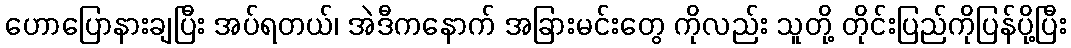
ဟောပြောနားချပြီး အပ်ရတယ်၊ အဲဒီကနောက် အခြားမင်းတွေ ကိုလည်း သူတို့ တိုင်းပြည်ကိုပြန်ပို့ပြီး